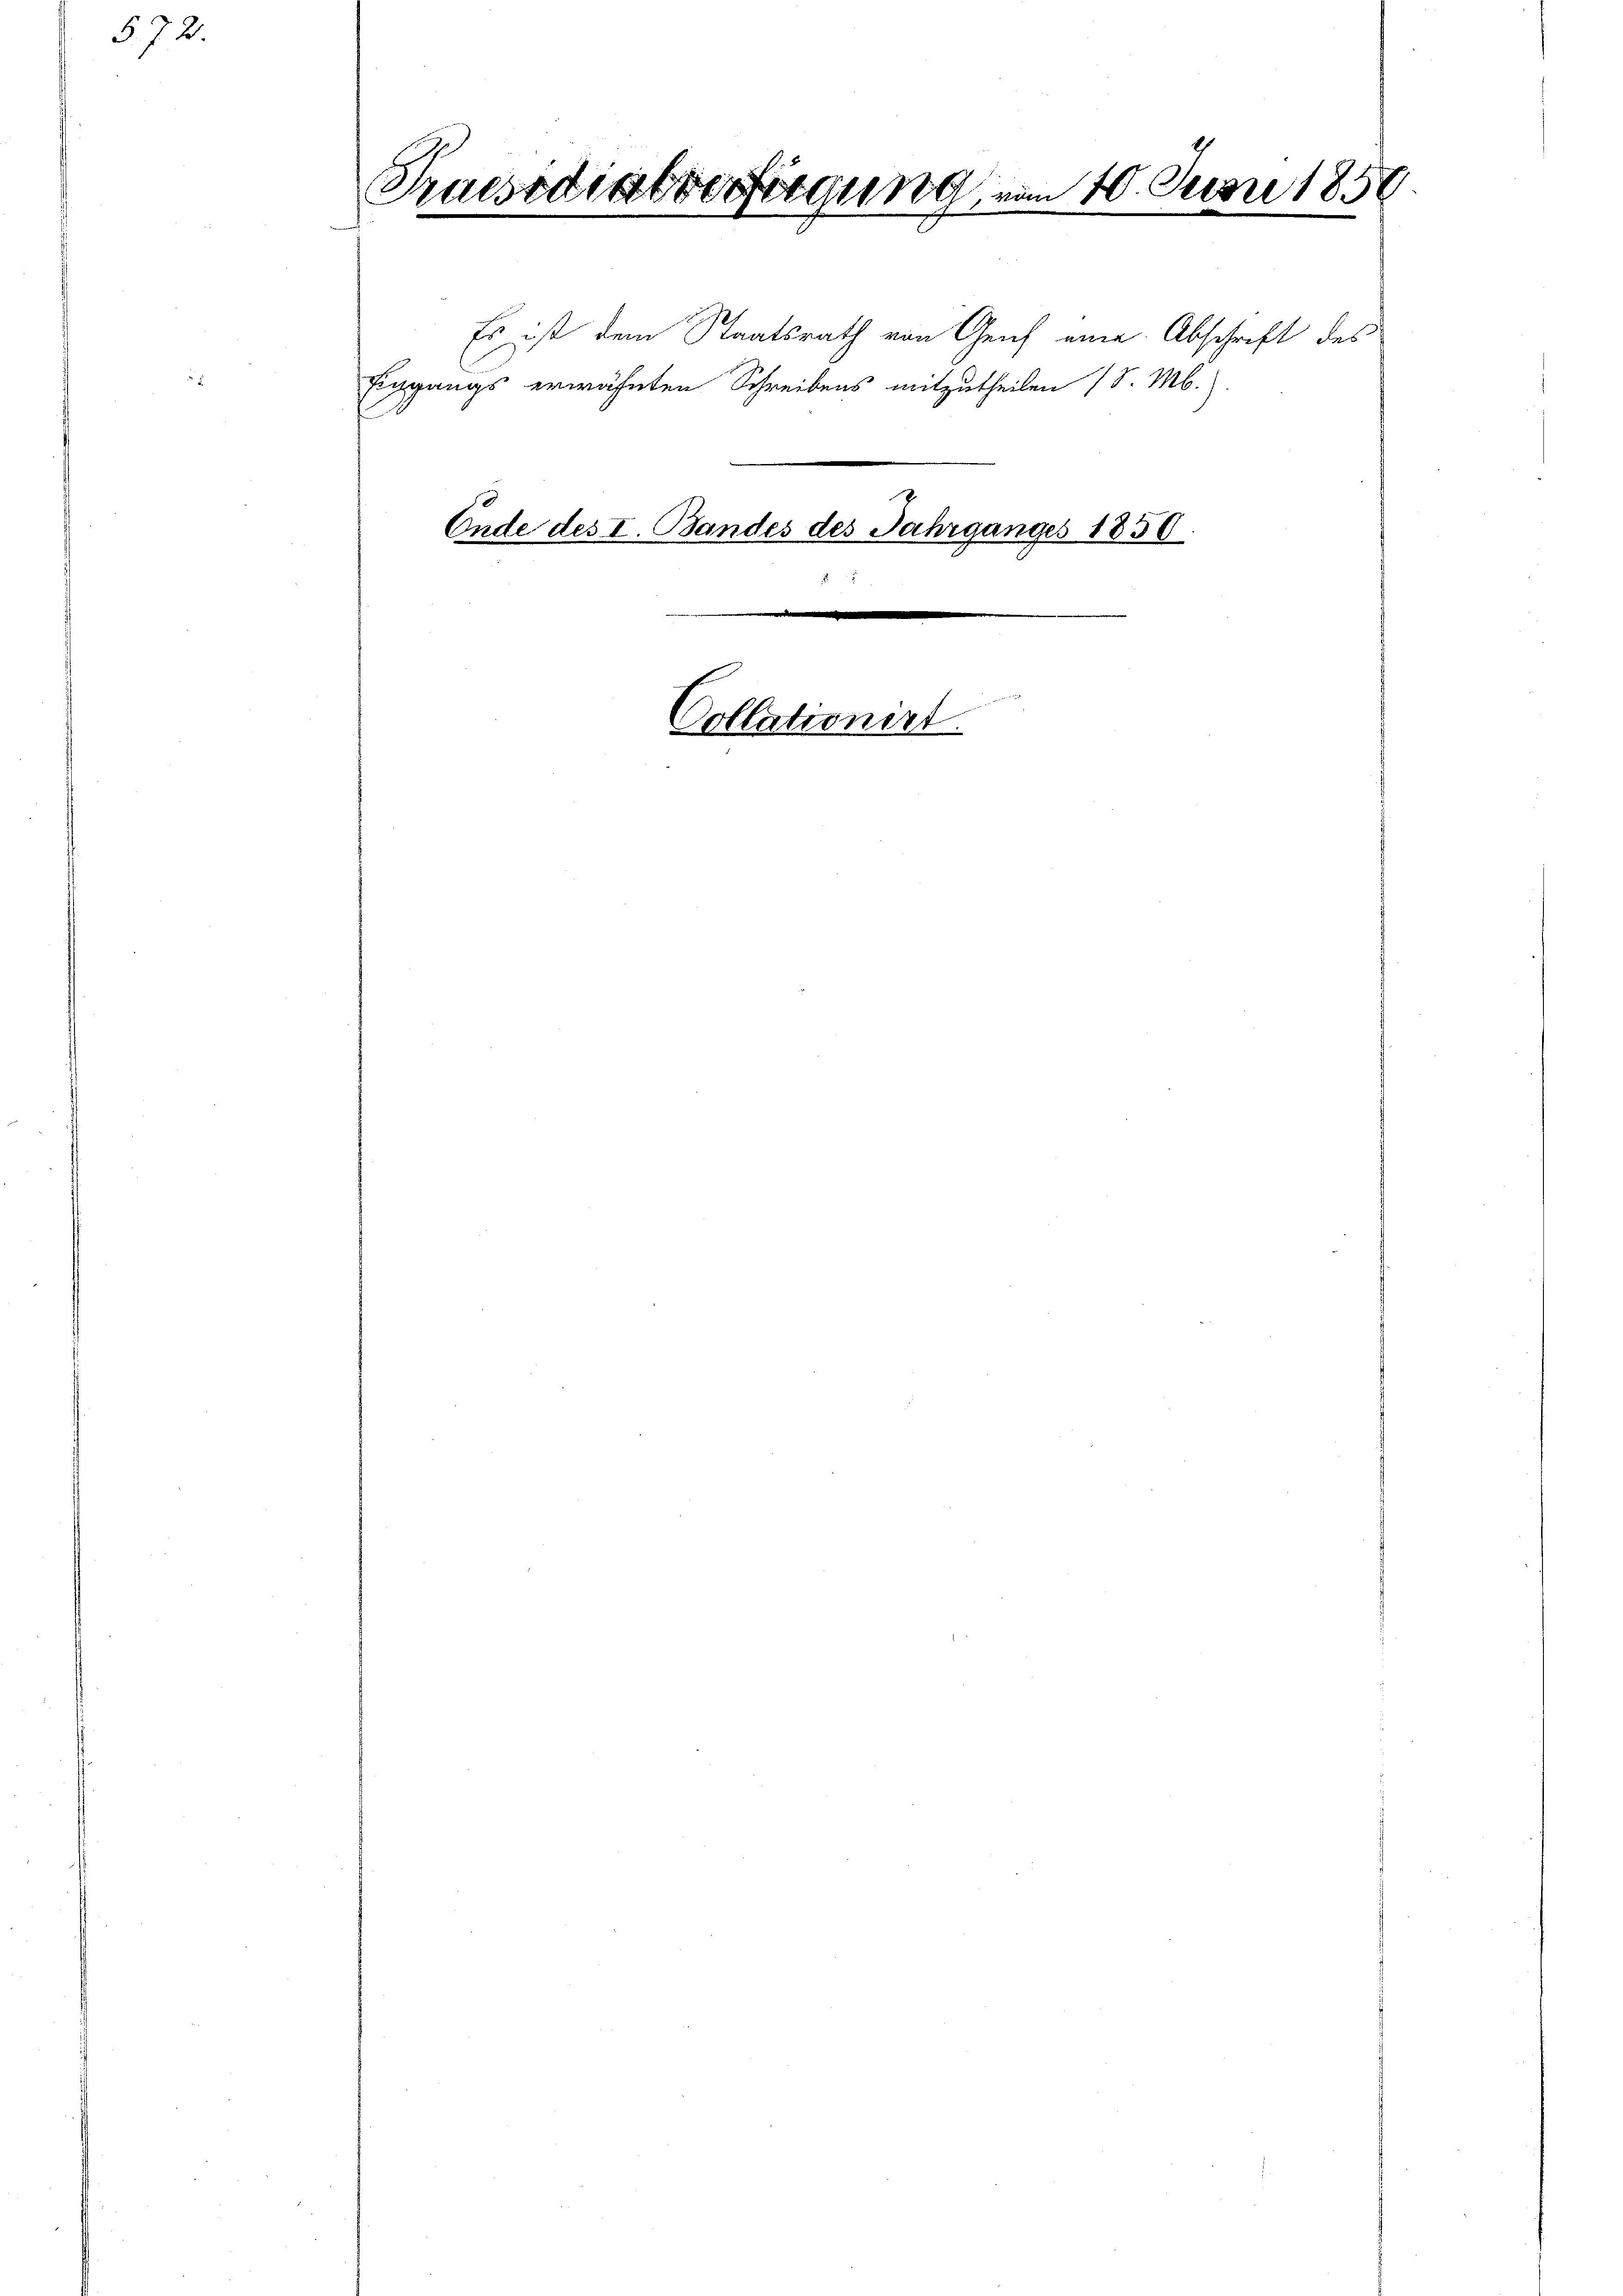
572

Praesidialverfügung

Es ist dem Staatsrath von Genf eine Abschrift des
Eingangs erwähnten Schreibens mitzutheilen (S. M.).

Ende des I. Bandes des Jahrganges 1850.
.

Collationirt

x

10. Junre
n
.